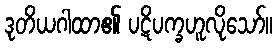
ဒုတိယဂါထာ၏ ပဋိပက္ခဟူလိုသော်။